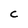
Character: C